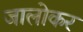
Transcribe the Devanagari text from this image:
जालोकर